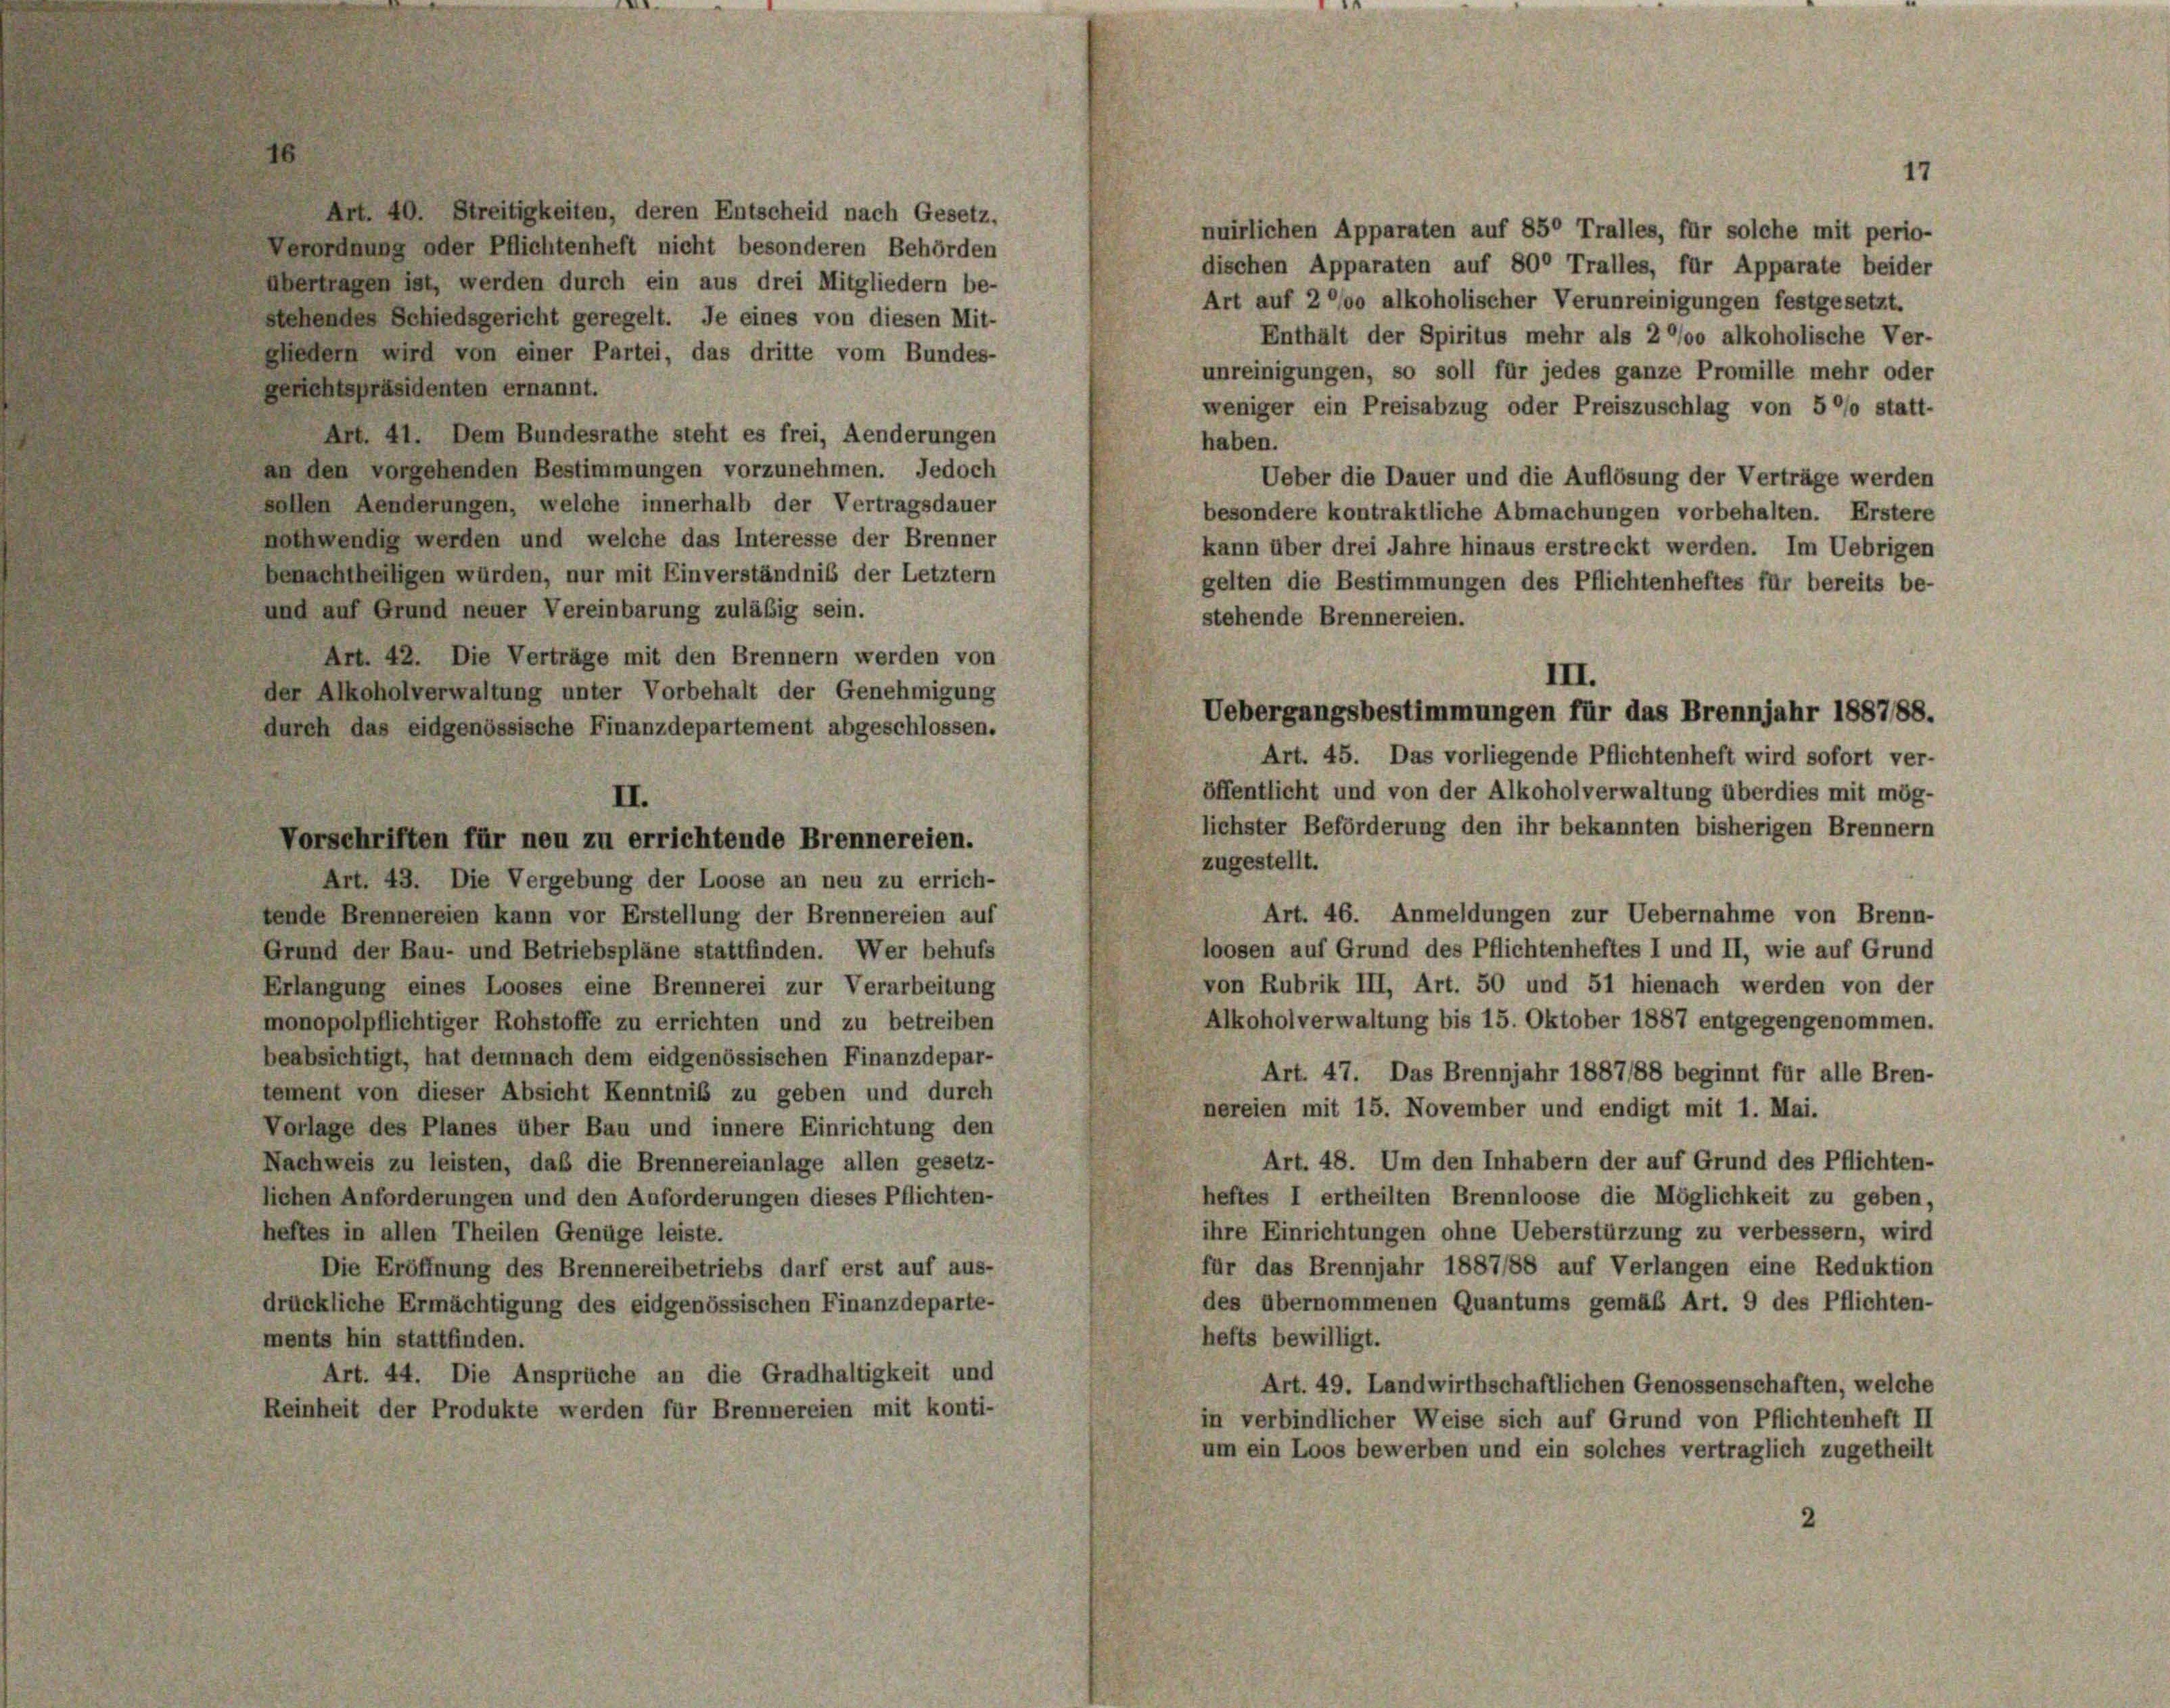
Art. 40. Streitigkeiten, deren Entscheid nach Gesetz,
Verordnung oder Pflichtenheft nicht besonderen Behörden
übertragen ist, werden durch ein aus drei Mitgliedern be-
lehendes Schiedsgericht geregelt. Je eines von diesen Mit-
Hedern wird von einer Partei, das dritte vom Bundes-
erichtspräsidenten ernannt.
Art. 41. Dem Bundesrathe steht es frei, Aenderungen
haben.
in den vorgehenden Bestimmungen vorzunehmen. Jedoch
vollen Aenderungen, welche innerhalb der Vertragsdauer
othwendig werden und welche das Interesse der Brenner
enachtheiligen würden, nur mit Einverständnis der Letztern
ind auf Grund neuer Vereinbarung zuläßig sein.
stehende Brennereien.
Art. 42. Die Verträge mit den Brennern werden von
der Alkoholverwaltung unter Vorbehalt der Genehmigung
urch das eidgenössische Finanzdepartement abgeschlossen.
Art. 45. Das vorliegende Pflichtenheft wird sofort ver-
öffentlicht und von der Alkoholverwaltung überdies mit mög-
lichster Beförderung den ihr bekannten bisherigen Brennern
zugestellt.
Art. 43. Die Vergebung der Loose an neu zu errich-
Art. 46. Anmeldungen zur Uebernahme von Brenn-
ende Brennereien kann vor Erstellung der Brennereien auf
loosen auf Grund des Pflichtenheftes I und II, wie auf Grund
frund der Bau- und Betriebspläne stattfinden. Wer behufs
von Rubrik III, Art. 50 und 51 hienach werden von der
rlangung eines Looses eine Brennerei zur Verarbeitung
Alkoholverwaltung bis 15. Oktober 1887 entgegengenommen.
onopolpflichtiger Rohstoffe zu errichten und zu betreiben
eabsichtigt, hat demnach dem eidgenössischen Finanzdepar-
Art. 47. Das Brennjahr 1887/88 beginnt für alle Bren-
ement von dieser Absicht Kenntniß zu geben und durch
nereien mit 15. November und endigt mit 1. Mai.
Vorlage des Planes über Bau und innere Einrichtung den
Art. 48. Um den Inhabern der auf Grund des Pflichten-
fachweis zu leisten, daß die Brennereianlage allen gesetz-
heftes I ertheilten Brennloose die Möglichkeit zu geben,
ichen Anforderungen und den Anforderungen dieses Pflichten-
ihre Einrichtungen ohne Ueberstürzung zu verbessern, wird
eftes in allen Theilen Genüge leiste.
für das Brennjahr 1887/88 auf Verlangen eine Reduktion
Die Eröffnung des Brennereibetriebs darf erst auf aus-
des übernommenen Quantums gemäß Art. 9 des Pflichten-
rückliche Ermächtigung des eidgenössischen Finanzdeparte-
hefts bewilligt.
nents hin stattfinden.
Art. 44. Die Ansprüche an die Gradhaltigkeit und
Art. 49. Landwirthschaftlichen Genossenschaften, welche
Reinheit der Produkte werden für Brennereien mit konti-
in verbindlicher Weise sich auf Grund von Pflichtenheft II
um ein Loos bewerben und ein solches vertraglich zugetheilt

II
Vorschriften für neu zu errichtende Brennereien.

nuirlichen Apparaten auf 85° Tralles, für solche mit perio-
dischen Apparaten auf 80° Tralles, für Apparate beider
Art auf 2 °/00 alkoholischer Verunreinigungen festgesetzt.
Enthalt der Spiritus mehr als 2 °/00 alkoholische Ver-
unreinigungen, so soll für jedes ganze Promille mehr oder
weniger ein Preisabzug oder Preiszuschlag von 5 °/o statt-
Ueber die Dauer und die Auflösung der Verträge werden
besondere kontraktliche Abmachungen vorbehalten. Erstere
kann über drei Jahre hinaus erstreckt werden. Im Uebrigen
gelten die Bestimmungen des Pflichtenheftes für bereits be-

III.
Uebergangsbestimmungen für das Brennjahr 188788.

1